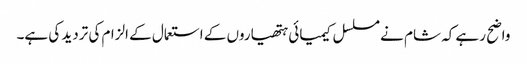
واضح رہے کہ شام نے مسلسل کیمیائی ہتھیاروں کے استعمال کے الزام کی تردید کی ہے۔